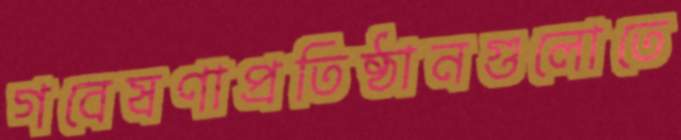
গবেষণাপ্রতিষ্ঠানগুলোতে